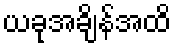
ယခုအချိန်အထိ